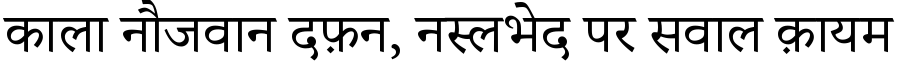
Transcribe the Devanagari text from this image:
काला नौजवान दफ़न, नस्लभेद पर सवाल क़ायम